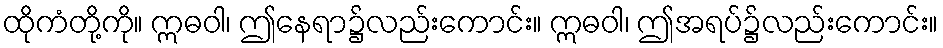
ထိုကံတို့ကို။ ဣဓဝါ၊ ဤနေရာ၌လည်းကောင်း။ ဣဓဝါ၊ ဤအရပ်၌လည်းကောင်း။